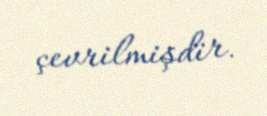
çevrilmişdir.